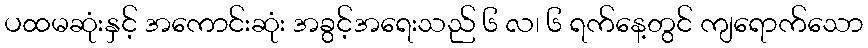
ပထမဆုံးနှင့် အကောင်းဆုံး အခွင့်အရေးသည် ၆ လ၊ ၆ ရက်နေ့တွင် ကျရောက်သော